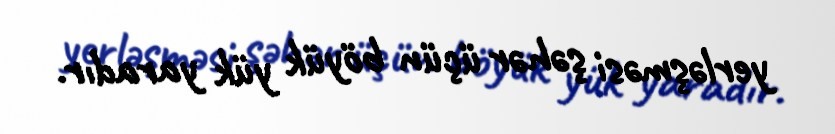
yerləşməsi şəhər üçün böyük yük yaradır.